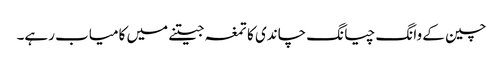
چین کے وانگ چیانگ چاندی کا تمغہ جیتنے میں کامیاب رہے۔